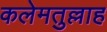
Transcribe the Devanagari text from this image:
कलेमतुल्लाह